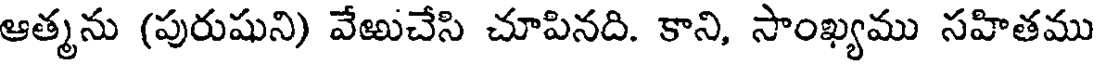
ఆత్మను (పురుషుని) వేజుచేసి చూపినది. కాని, సాంఖ్యము సహితము